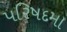
પરિષદમા